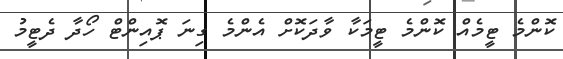
ކޮންމެ ޓީމެއް ކޮންމެ ޓީމަކާ ވާދަކޮށް އެންމެ ގިނަ ޕޮއިންޓް ހޯދާ ދެޓީމު